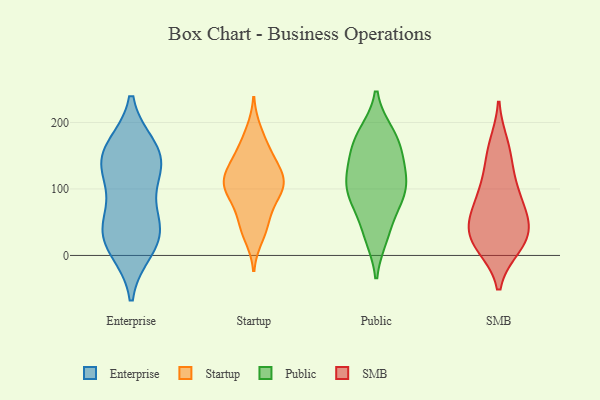
{"axis": {"x": "Page Views", "y": "Value"}, "legend": ["Enterprise", "Public", "SMB", "Startup"], "data": [{"x": "", "y": 143, "type": "Enterprise"}, {"x": "", "y": 12, "type": "Enterprise"}, {"x": "", "y": 122, "type": "Enterprise"}, {"x": "", "y": 66, "type": "Enterprise"}, {"x": "", "y": 35, "type": "Enterprise"}, {"x": "", "y": 156, "type": "Enterprise"}, {"x": "", "y": 30, "type": "Enterprise"}, {"x": "", "y": 160, "type": "Enterprise"}, {"x": "", "y": 32, "type": "Enterprise"}, {"x": "", "y": 137, "type": "Enterprise"}, {"x": "", "y": 149, "type": "Startup"}, {"x": "", "y": 187, "type": "Startup"}, {"x": "", "y": 164, "type": "Startup"}, {"x": "", "y": 120, "type": "Startup"}, {"x": "", "y": 109, "type": "Startup"}, {"x": "", "y": 99, "type": "Startup"}, {"x": "", "y": 48, "type": "Startup"}, {"x": "", "y": 100, "type": "Startup"}, {"x": "", "y": 111, "type": "Startup"}, {"x": "", "y": 28, "type": "Startup"}, {"x": "", "y": 94, "type": "Startup"}, {"x": "", "y": 76, "type": "Startup"}, {"x": "", "y": 124, "type": "Startup"}, {"x": "", "y": 141, "type": "Startup"}, {"x": "", "y": 47, "type": "Startup"}, {"x": "", "y": 110, "type": "Public"}, {"x": "", "y": 35, "type": "Public"}, {"x": "", "y": 100, "type": "Public"}, {"x": "", "y": 148, "type": "Public"}, {"x": "", "y": 123, "type": "Public"}, {"x": "", "y": 94, "type": "Public"}, {"x": "", "y": 29, "type": "Public"}, {"x": "", "y": 179, "type": "Public"}, {"x": "", "y": 183, "type": "Public"}, {"x": "", "y": 77, "type": "Public"}, {"x": "", "y": 90, "type": "Public"}, {"x": "", "y": 173, "type": "Public"}, {"x": "", "y": 143, "type": "Public"}, {"x": "", "y": 45, "type": "SMB"}, {"x": "", "y": 151, "type": "SMB"}, {"x": "", "y": 17, "type": "SMB"}, {"x": "", "y": 15, "type": "SMB"}, {"x": "", "y": 80, "type": "SMB"}, {"x": "", "y": 61, "type": "SMB"}, {"x": "", "y": 26, "type": "SMB"}, {"x": "", "y": 165, "type": "SMB"}, {"x": "", "y": 96, "type": "SMB"}, {"x": "", "y": 112, "type": "SMB"}, {"x": "", "y": 25, "type": "SMB"}, {"x": "", "y": 52, "type": "SMB"}]}